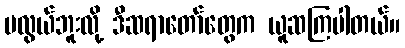
မလွယ်ဘူးလို့ ဒီဆရာတော်တွေက ယူဆကြပါတယ်။